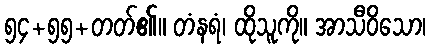
၅၄+၅၅+တတ်၏။ တံနရံ၊ ထိုသူကို။ အာသီဝိသော၊